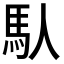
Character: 𩡮